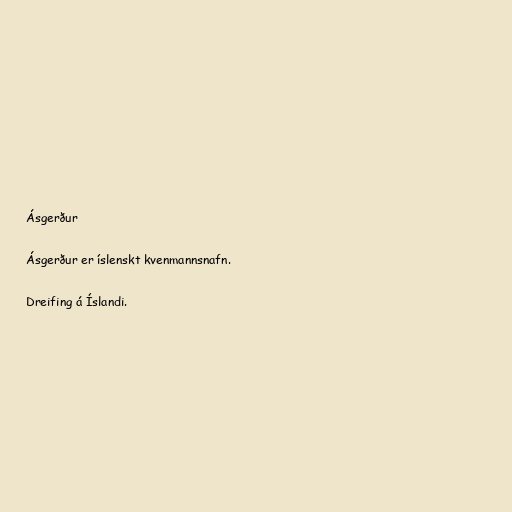
Ásgerður

Ásgerður er íslenskt kvenmannsnafn.

Dreifing á Íslandi.